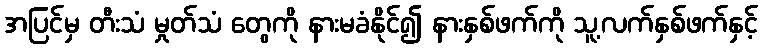
အပြင်မှ တီးသံ မှုတ်သံ တွေကို နားမခံနိုင်၍ နားနှစ်ဖက်ကို သူ့လက်နှစ်ဖက်နှင့်